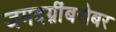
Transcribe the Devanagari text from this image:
जमदग्नींबरोबर